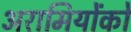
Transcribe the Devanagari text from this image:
अरामियोंको